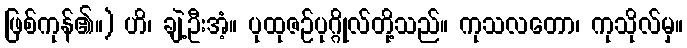
ဖြစ်ကုန်၏။) ဟိ၊ ချဲ့ဦးအံ့။ ပုထုဇဉ်ပုဂ္ဂိုလ်တို့သည်။ ကုသလတော၊ ကုသိုလ်မှ။